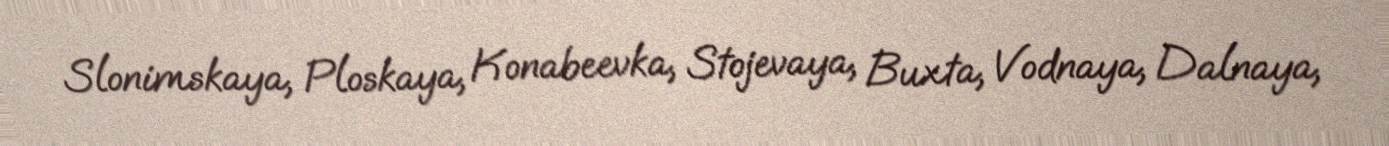
Slonimskaya, Ploskaya, Konabeevka, Stojevaya, Buxta, Vodnaya, Dalnaya,